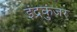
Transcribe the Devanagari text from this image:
इंद्रकुंजर